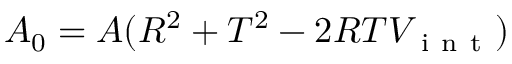
A _ { 0 } = A ( R ^ { 2 } + T ^ { 2 } - 2 R T V _ { \mathrm { ~ i ~ n ~ t ~ } } )